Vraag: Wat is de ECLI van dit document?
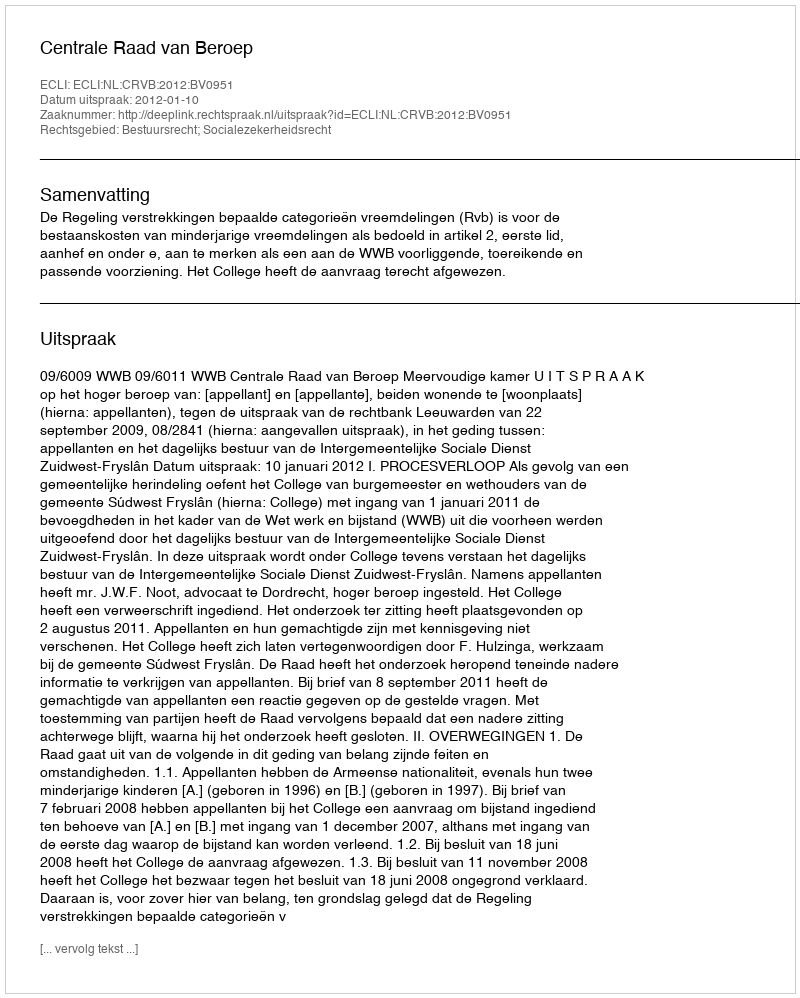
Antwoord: ECLI:NL:CRVB:2012:BV0951